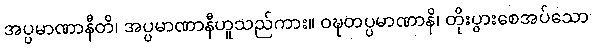
အပ္ပမာဏာနီတိ၊ အပ္ပမာဏာနီဟူသည်ကား။ ဝဍ္ဎတပ္ပမာဏာနိ၊ တိုးပွားစေအပ်သော